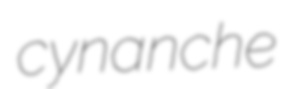
cynanche